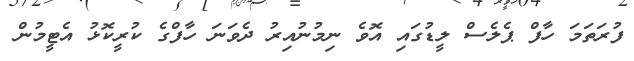
ފުރަތަމަ ހާފް ޕެލެސް ލީޑުގައި އޮވެ ނިމުނުއިރު ދެވަނަ ހާފްގެ ކުރީކޮޅު އެޓީމުން